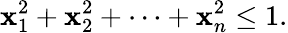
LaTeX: \mathbf{x}_{1}^{2}+\mathbf{x}_{2}^{2}+\cdots+\mathbf{x}_{n}^{2}\leq1.